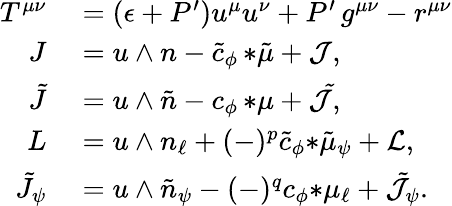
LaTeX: \begin{array}{rl}{T^{\mu\nu}}&{{}=(\epsilon+P^{\prime})u^{\mu}u^{\nu}+P^{\prime}\, g^{\mu\nu}-r^{\mu\nu}}\\ {J}&{{}=u\wedge n-\tilde{c}_{\phi}\, {*\tilde{\mu}}+{\cal J},}\\ {\tilde{J}}&{{}=u\wedge\tilde{n}-c_{\phi}\, {*\mu}+{\cal\tilde{J}},}\\ {L}&{{}=u\wedge n_{\ell}+(-)^{p}\tilde{c}_{\phi}{*\tilde{\mu}_{\psi}}+{\cal L},}\\ {\tilde{J}_{\psi}}&{{}=u\wedge\tilde{n}_{\psi}-(-)^{q}c_{\phi}{*\mu_{\ell}}+\tilde{\cal J}_{\psi}.}\end{array}